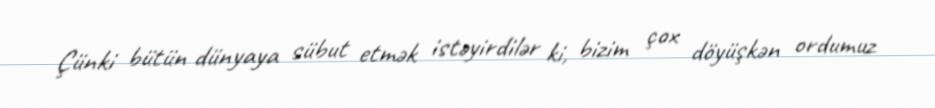
Çünki bütün dünyaya sübut etmək istəyirdilər ki, bizim çox döyüşkən ordumuz